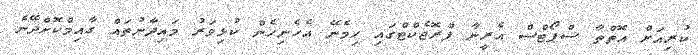
ކުރިއަށް އޮތްތާ ސްޕޯޓްސް އެރީނާ ޕްރޮޖެކްޓްގައި ހިމެނޭ އެހެނިހެން ކުޅިވަރު މައިދާނުތައް ގާއިމްކޮށްދޭނެ